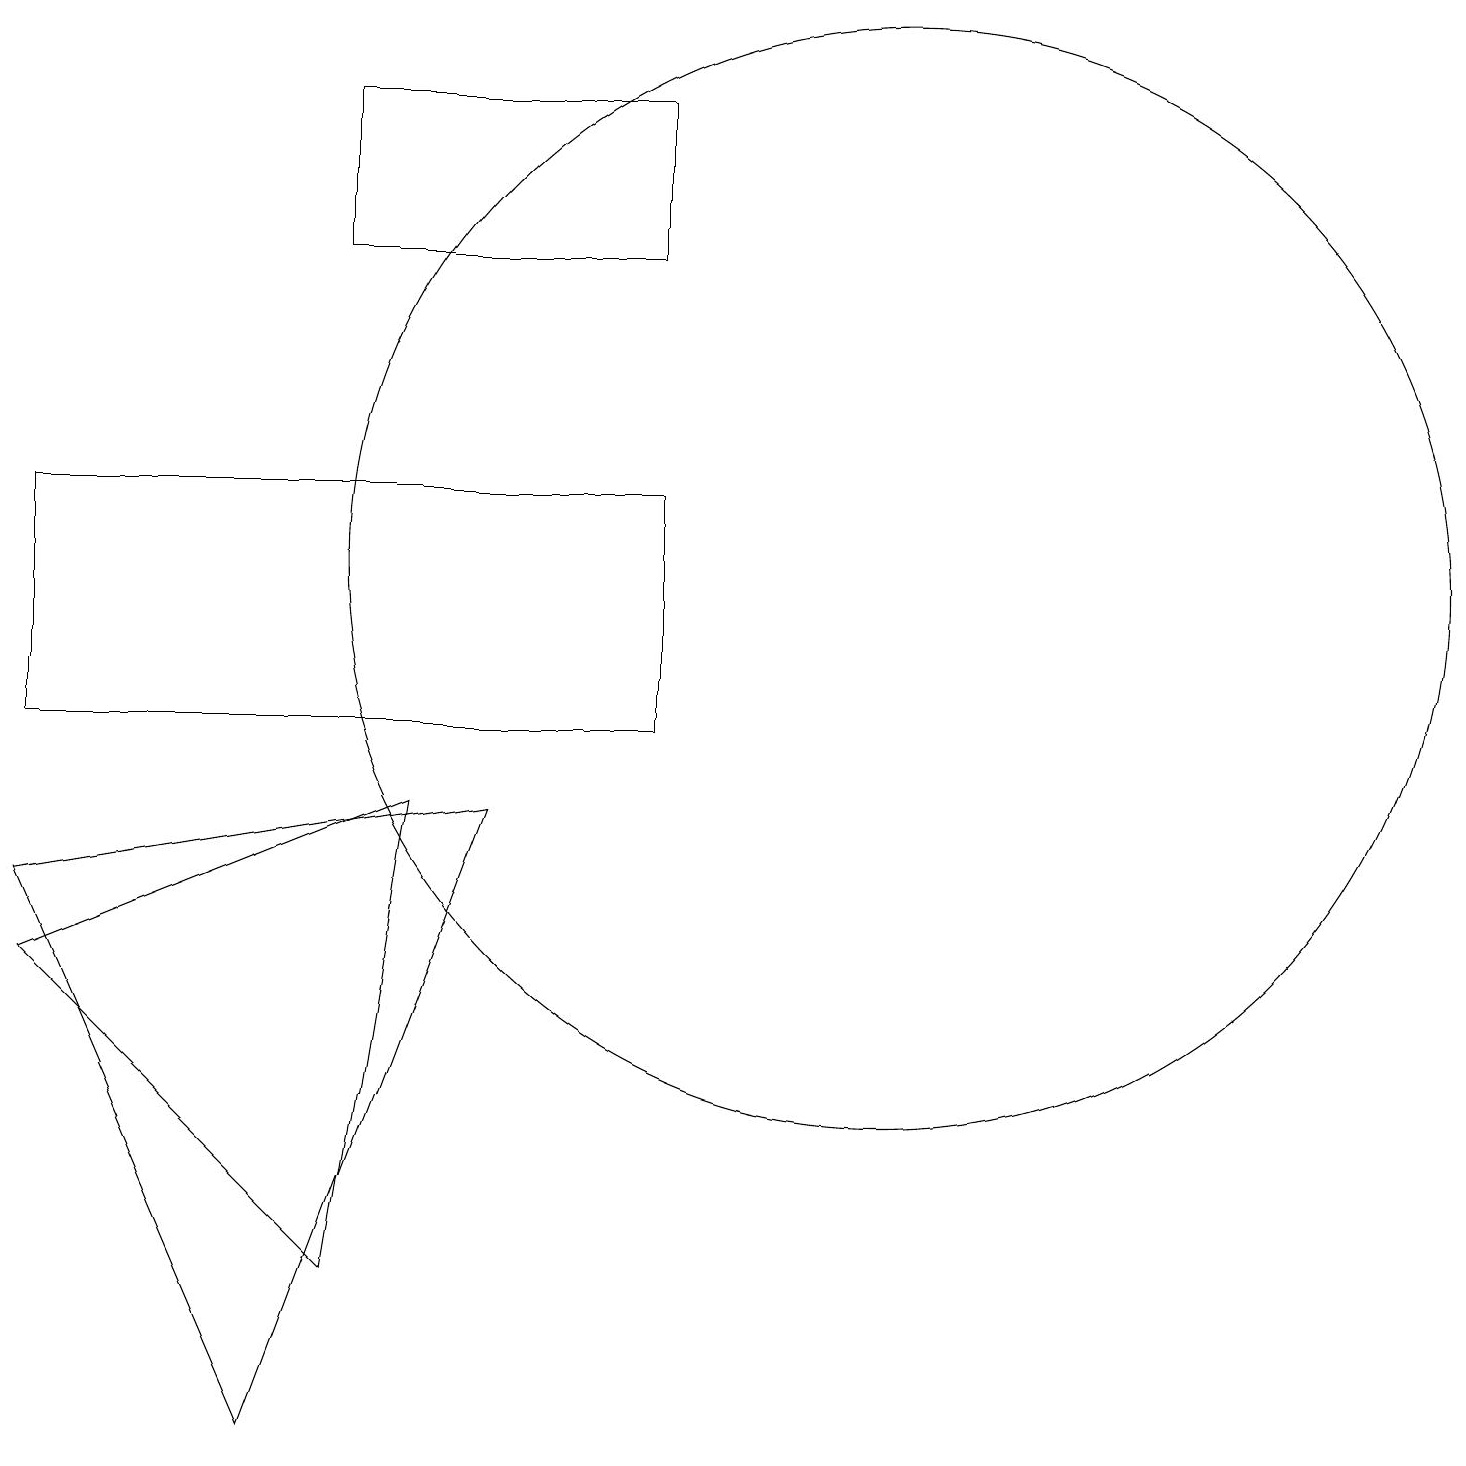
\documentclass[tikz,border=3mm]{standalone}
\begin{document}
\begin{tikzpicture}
\draw (11,12) circle (7);
\draw (6,9) -- (3,1) -- (0,8) -- cycle;
\draw (8,10) rectangle (0,13);
\draw (0,7) -- (4,3) -- (5,9) -- cycle;
\draw (8,18) rectangle (4,16);
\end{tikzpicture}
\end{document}